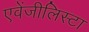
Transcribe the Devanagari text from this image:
एवेंजीलिस्टा